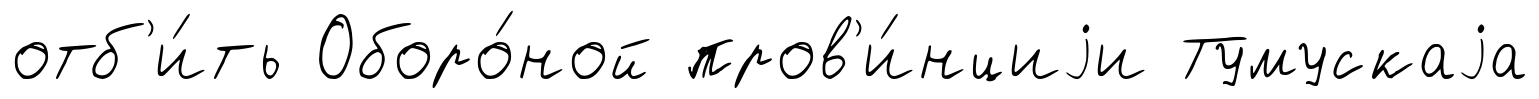
отб'и́ть Оборо́ной пров'и́нциjи Тумускаjа